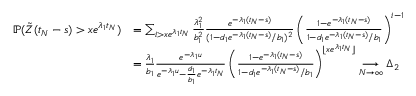
\begin{array} { r l } { \mathbb { P } ( \tilde { Z } ( t _ { N } - s ) > x e ^ { \lambda _ { 1 } t _ { N } } ) } & { = \sum _ { i > x e ^ { \lambda _ { 1 } t _ { N } } } \frac { \lambda _ { 1 } ^ { 2 } } { b _ { 1 } ^ { 2 } } \frac { e ^ { - \lambda _ { 1 } ( t _ { N } - s ) } } { ( 1 - d _ { 1 } e ^ { - \lambda _ { 1 } ( t _ { N } - s ) } / b _ { 1 } ) ^ { 2 } } \left( \frac { 1 - e ^ { - \lambda _ { 1 } ( t _ { N } - s ) } } { 1 - d _ { 1 } e ^ { - \lambda _ { 1 } ( t _ { N } - s ) } / b _ { 1 } } \right) ^ { i - 1 } } \\ & { = \frac { \lambda _ { 1 } } { b _ { 1 } } \frac { e ^ { - \lambda _ { 1 } u } } { e ^ { - \lambda _ { 1 } u } - \frac { d _ { 1 } } { b _ { 1 } } e ^ { - \lambda _ { 1 } t _ { N } } } \left( \frac { 1 - e ^ { - \lambda _ { 1 } ( t _ { N } - s ) } } { 1 - d _ { 1 } e ^ { - \lambda _ { 1 } ( t _ { N } - s ) } / b _ { 1 } } \right) ^ { \lfloor x e ^ { \lambda _ { 1 } t _ { N } } \rfloor } \underset { N \to \infty } { \longrightarrow } \Delta _ { 2 } } \end{array}